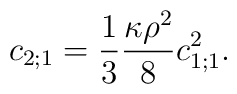
c_{2;1}=\frac{1}{3}\frac{\kappa\rho^2}{8}c_{1;1}^2.